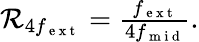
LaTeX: \begin{array}{r}{\mathcal{R}_{4f_{\mathrm{~e~x~t~}}}=\frac{f_{\mathrm{~e~x~t~}}}{4f_{\mathrm{~m~i~d~}}}.}\end{array}